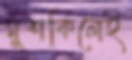
মুশকিলেই